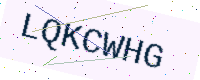
Text: LQKCWHG